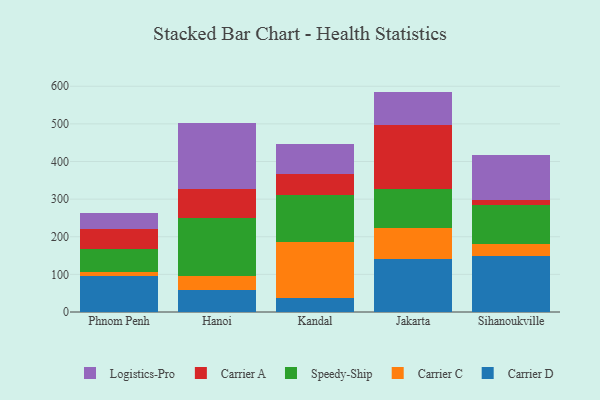
{"axis": {"x": "City", "y": "Page Views"}, "legend": ["Carrier A", "Carrier C", "Carrier D", "Logistics-Pro", "Speedy-Ship"], "data": [{"x": "Phnom Penh", "y": 95.3, "type": "Carrier D"}, {"x": "Phnom Penh", "y": 11.1, "type": "Carrier C"}, {"x": "Phnom Penh", "y": 59.8, "type": "Speedy-Ship"}, {"x": "Phnom Penh", "y": 55.3, "type": "Carrier A"}, {"x": "Phnom Penh", "y": 41.3, "type": "Logistics-Pro"}, {"x": "Hanoi", "y": 58.6, "type": "Carrier D"}, {"x": "Hanoi", "y": 37.5, "type": "Carrier C"}, {"x": "Hanoi", "y": 154.9, "type": "Speedy-Ship"}, {"x": "Hanoi", "y": 77.1, "type": "Carrier A"}, {"x": "Hanoi", "y": 173.2, "type": "Logistics-Pro"}, {"x": "Kandal", "y": 37.6, "type": "Carrier D"}, {"x": "Kandal", "y": 147.3, "type": "Carrier C"}, {"x": "Kandal", "y": 125.2, "type": "Speedy-Ship"}, {"x": "Kandal", "y": 56.6, "type": "Carrier A"}, {"x": "Kandal", "y": 80.4, "type": "Logistics-Pro"}, {"x": "Jakarta", "y": 139.9, "type": "Carrier D"}, {"x": "Jakarta", "y": 83.8, "type": "Carrier C"}, {"x": "Jakarta", "y": 102.4, "type": "Speedy-Ship"}, {"x": "Jakarta", "y": 170.1, "type": "Carrier A"}, {"x": "Jakarta", "y": 89.6, "type": "Logistics-Pro"}, {"x": "Sihanoukville", "y": 148.4, "type": "Carrier D"}, {"x": "Sihanoukville", "y": 32.6, "type": "Carrier C"}, {"x": "Sihanoukville", "y": 103.9, "type": "Speedy-Ship"}, {"x": "Sihanoukville", "y": 13.9, "type": "Carrier A"}, {"x": "Sihanoukville", "y": 118.6, "type": "Logistics-Pro"}]}